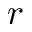
r